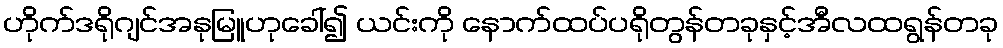
ဟိုက်ဒရိုဂျင်အနုမြူဟုခေါ်၍ ယင်းကို နောက်ထပ်ပရိုတွန်တခုနှင့်အီလထရွန်တခု